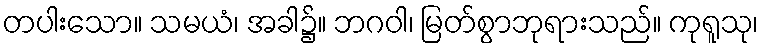
တပါးသော။ သမယံ၊ အခါ၌။ ဘဂဝါ၊ မြတ်စွာဘုရားသည်။ ကုရူသု၊